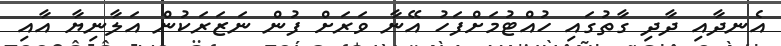
އެނދާއި ދާދި ގާތުގައި ހުއްޓުމަށްފަހު އޭނާ ވަރަށް ފުން ނަޒަރަކުން އަލާނިޔާ އާއި